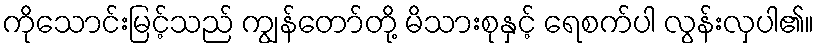
ကိုသောင်းမြင့်သည် ကျွန်တော်တို့ မိသားစုနှင့် ရေစက်ပါ လွန်းလှပါ၏။